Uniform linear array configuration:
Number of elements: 48
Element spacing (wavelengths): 0.5
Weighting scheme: hann
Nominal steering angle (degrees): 15
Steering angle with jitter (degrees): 13.202
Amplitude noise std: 0.05
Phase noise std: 0.05

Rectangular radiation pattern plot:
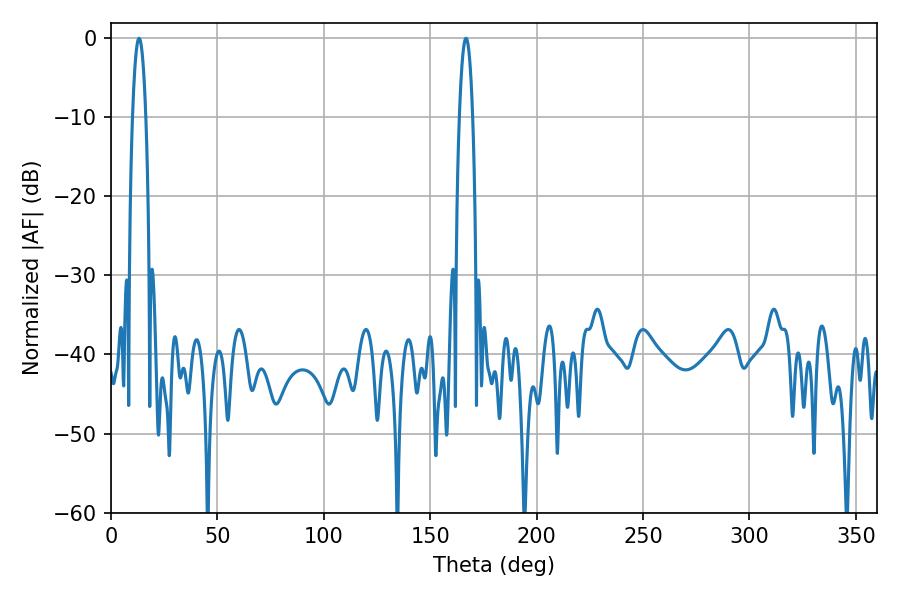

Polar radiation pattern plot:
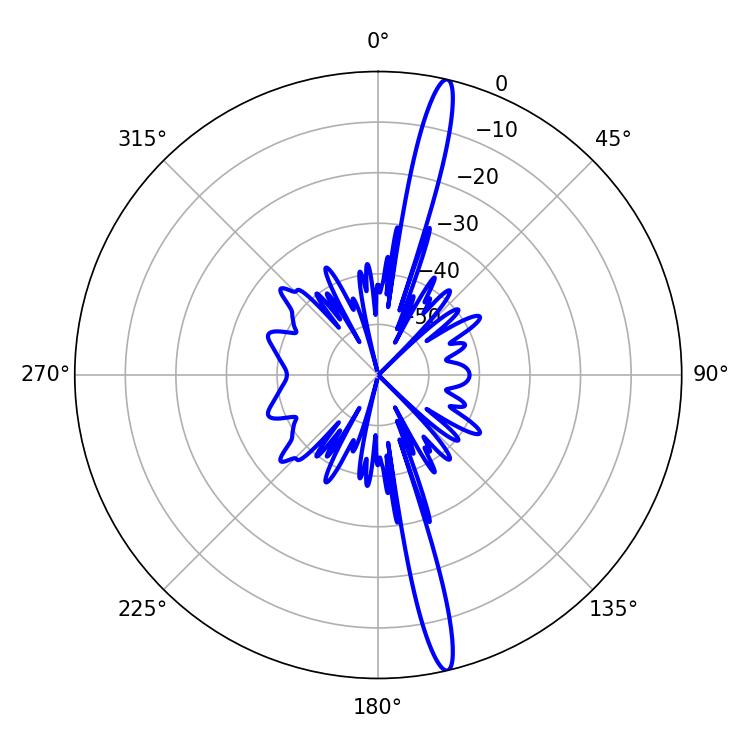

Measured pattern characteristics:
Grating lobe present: FALSE
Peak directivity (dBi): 18.272
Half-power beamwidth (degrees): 3.42
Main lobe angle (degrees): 13.14